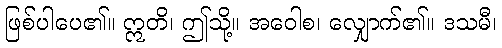
ဖြစ်ပါပေ၏။ ဣတိ၊ ဤသို့။ အဝေါစ၊ လျှောက်၏။ ဒသမီ၊